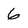
Character: 6